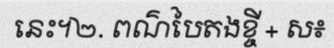
នេះ។២. ពណ៌បៃតងខ្ចី + ស៖